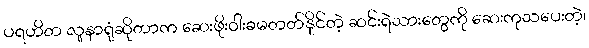
ပရဟိတ လူနာရုံဆိုတာက ဆေးဖိုးဝါးခမတတ်နိုင်တဲ့ ဆင်းရဲသားတွေကို ဆေးကုသပေးတဲ့၊